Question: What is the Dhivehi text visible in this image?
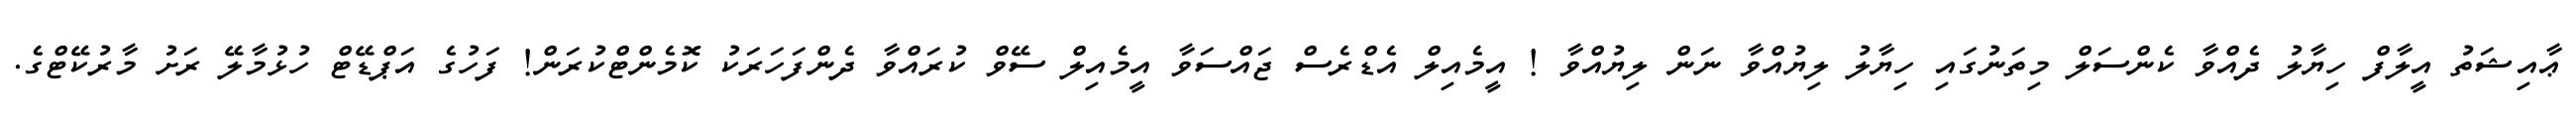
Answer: ޢާއިޝަތު އީލާފް ހިޔާލު ދެއްވާ ކެންސަލް މިތަނުގައި ހިޔާލު ލިޔުއްވާ ނަން ލިޔުއްވާ ! އީމެއިލް އެޑްރެސް ޖައްސަވާ އީމެއިލް ސޭވް ކުރައްވާ ދެންފަހަރަކު ކޮމެންޓްކުރަން! ފަހުގެ އަޕްޑޭޓް ހުޅުމާލޭ ރަށު މާރުކޭޓްގެ.